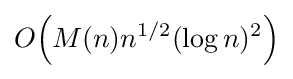
O{\mathord {\left(M(n)n^{1/2}(\log n)^{2}\right)}}